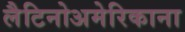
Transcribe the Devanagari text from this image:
लैटिनोअमेरिकाना